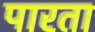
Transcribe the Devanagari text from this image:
पारता